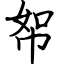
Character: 帤